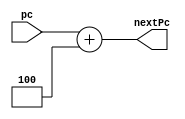
`timescale 1ns/1ps
module PcAdder (
    input [31:0] pc,

    output reg [31:0] nextPc
);

always @(pc) begin
    nextPc = pc + 32'h00000004;

    //waits a cycle so pc isnt constantly being written to
    #1;
end
endmodule